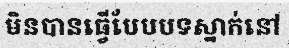
មិនបានធ្វើបែបបទស្នាក់នៅ